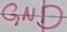
Text: GND